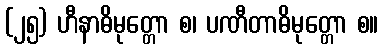
(၂၅) ဟီနာဓိမုတ္တော စ၊ ပဏီတာဓိမုတ္တော စ။